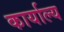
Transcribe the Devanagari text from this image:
कार्याल्य